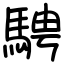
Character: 騁